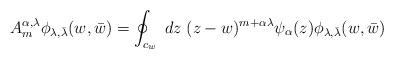
LaTeX: \begin{align*}A_m ^{\alpha,\lambda}\phi _{\lambda, \bar{\lambda}}(w,\bar{w})=\oint _{c_w}\;dz\;(z-w)^{m+\alpha\lambda}\psi _{\alpha}(z)\phi _{\lambda, \bar{\lambda}}(w,\bar{w})\end{align*}